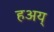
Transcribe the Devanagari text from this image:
हअय्